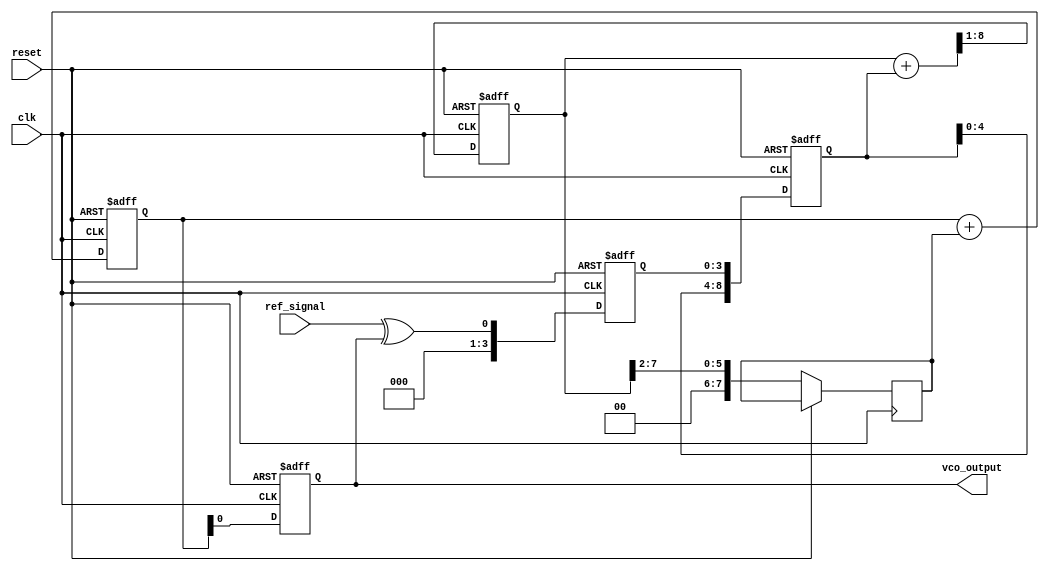
module MemoryBlocksPLL (
    input wire clk,                // System clock
    input wire reset,              // Reset signal
    input wire ref_signal,         // Reference input signal
    output reg vco_output          // Output of the VCO
);

// Parameters
parameter MEMORY_SIZE = 16;      // Size of the memory block
parameter FILTER_COEFF = 4;      // Loop filter coefficient

// Internal signals
reg [MEMORY_SIZE-1:0] phase_memory; // Memory block for phase error signals
reg [3:0] phase_error;              // Phase error signal
reg [7:0] control_voltage;           // Control voltage for VCO
reg [7:0] vco_frequency;             // Frequency control for VCO
reg [7:0] vco_increment;             // Increment for VCO frequency

// Phase Detector
always @(posedge clk or posedge reset) begin
    if (reset) begin
        phase_error <= 0;
    end else begin
        // Simple phase comparison (for demonstration)
        phase_error <= ref_signal ^ vco_output; // XOR for phase error
    end
end

// Memory Block
always @(posedge clk or posedge reset) begin
    if (reset) begin
        phase_memory <= 0;
    end else begin
        // Store phase error in memory (circular buffer)
        phase_memory <= {phase_memory[MEMORY_SIZE-2:0], phase_error};
    end
end

// Loop Filter
always @(posedge clk or posedge reset) begin
    if (reset) begin
        control_voltage <= 0;
    end else begin
        // Simple moving average filter
        control_voltage <= (control_voltage + phase_memory) >> 1; // Average
    end
end

// Voltage-Controlled Oscillator (VCO)
always @(posedge clk or posedge reset) begin
    if (reset) begin
        vco_frequency <= 0;
        vco_output <= 0;
    end else begin
        // Update VCO frequency based on control voltage
        vco_increment <= control_voltage >> 2; // Scale control voltage
        vco_frequency <= vco_frequency + vco_increment;
        vco_output <= vco_frequency[0]; // Simple output generation
    end
end

endmodule